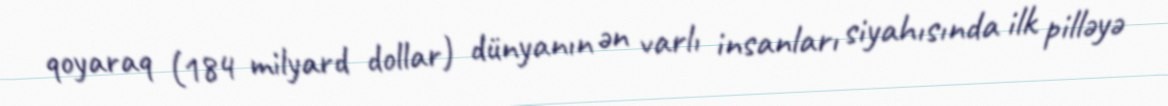
qoyaraq (184 milyard dollar) dünyanın ən varlı insanları siyahısında ilk pilləyə